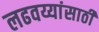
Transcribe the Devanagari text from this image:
लढवय्यांसाठी